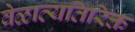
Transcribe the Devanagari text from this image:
वेळाव्यतिरिक्त